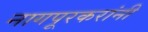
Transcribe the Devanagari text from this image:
नागपूरकरांनी